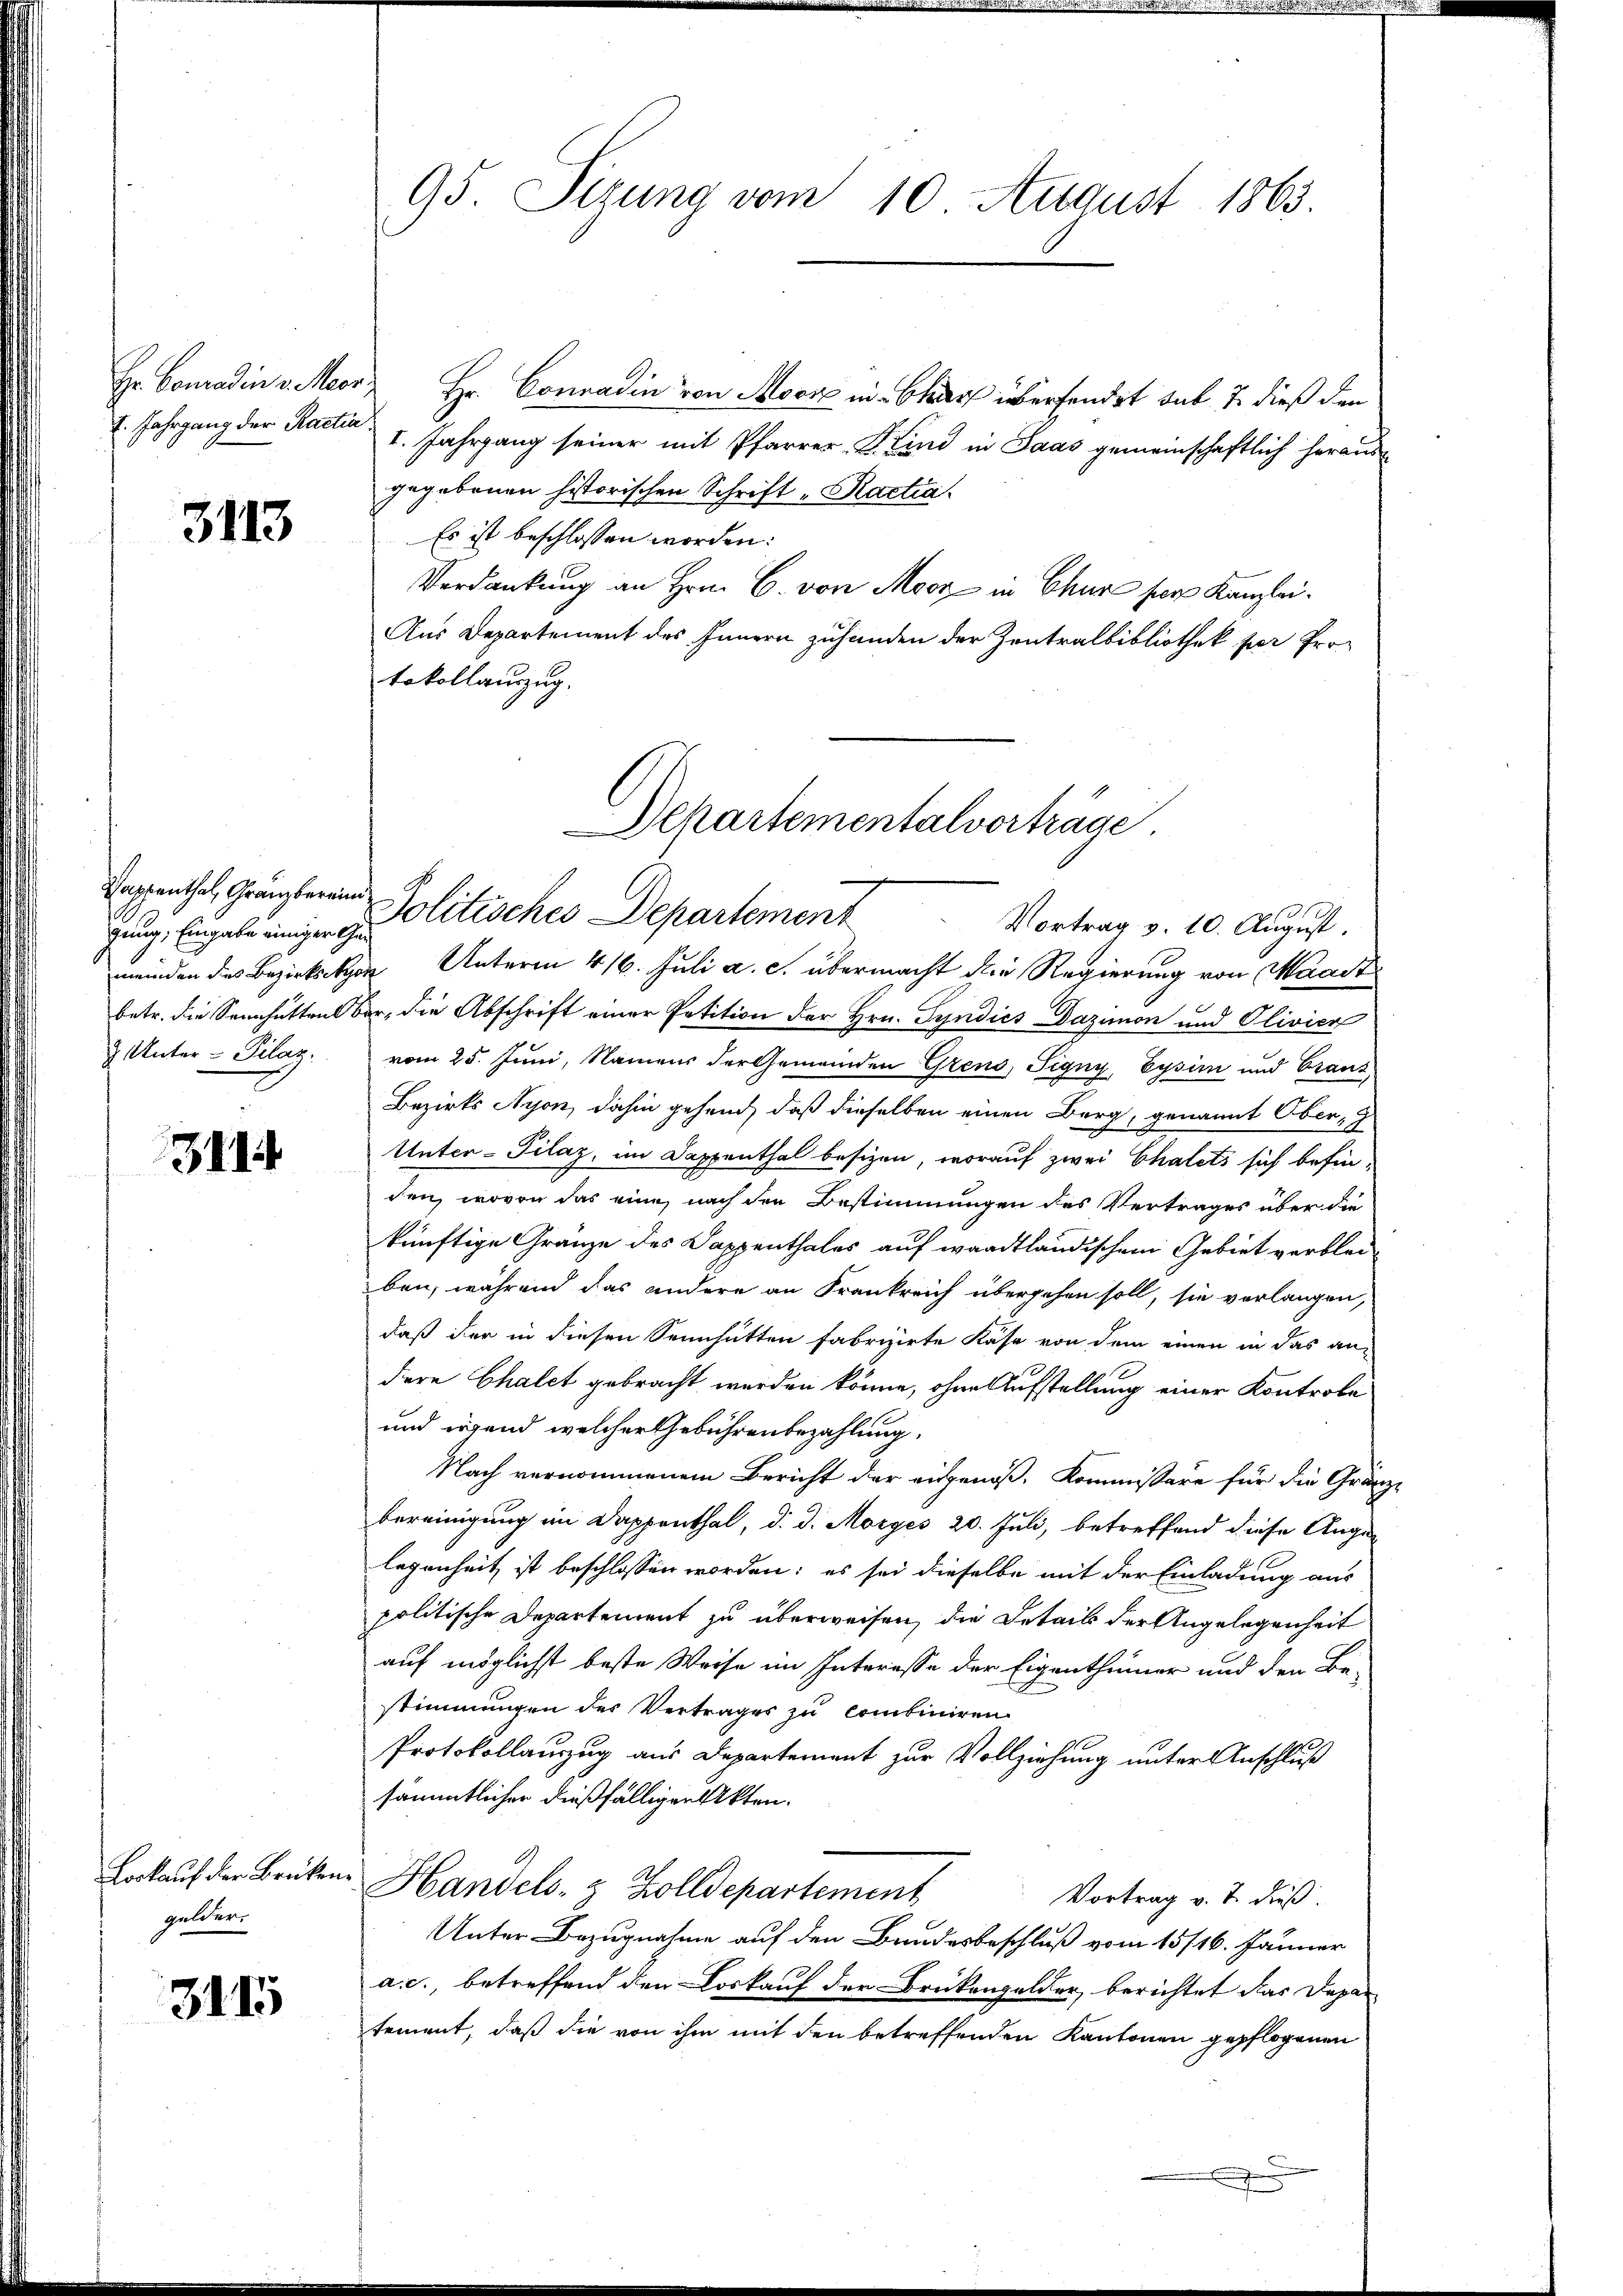
7. Jahrgang der Ractia

3113

gung, Eingabe einiger Gen

3114

Lorkauf der Brüken.
gelder.

3115

95. Sizung vom 10. August 1863.

Hr. Conradin v. Merz Hr. Conradin von Moor in Charf überfendet sub 7. dieß den
I. Jahrgang seiner mit Pfarrer-Kind in Saas gemeinschaftlich heraus
gegebenen historischen Schrift „Ractia.
Es ist beschlossen worden.
Verdankung an Hrn. C. von Moor in Chur ser Kanzlei¬
Aus Departement des Innern zuhanden der Zentralbibliothek per Protokollauszug.

Papenthal, Gränzberein Politisches Departement
Vortrag v. 10. August.
meinden des Bezirksker Unterm 416. Juli a. c. übermacht die Regierung von Maast
betr. die Sennhütten ber, die Abschrift einer Petition der Hrn. Syndics Dazimon und Olivier
 Unter- Pilaz, vom 25. Juni, Namens der Gemeinden Grens, Pigny, Eysim und Graus
Bezirks Nyon, dahin gehend, daß dieselben einen Berg, genannt Ober, G
Unter- Pilaz, im Dappenthal besizen, worauf zwei Chalets sich befincen, wovon das eine nach den Bestimmungen des Vertrages über die
künftige Gränze des Dappenthales auf waadtländischem Gebiet verbleiben, während das andere an Frankreich übergehen soll, sie verlangen,
daß der in diesen Sennhütten fabrizirte Kase von dem einen in das an-
dere Chalet gebracht werden könne, ohne Aufstellung einer Kontrole
und irgend welcher Gebührenbezahlung.
Nach vernommenem Bericht der eigenoß, Kommissäre für die Gränz-
bereinigung im Dappenthal, d. d. Morges 20. Juli, betreffend diese Ange-
legenheit ist beschlossen worden; es sei dieselbe mit der Einladung aus
politische Departement zu überweisen, die Details der Angelegenheit
auf möglichst beste Weise im Interesse der Eigenthümer und den Be-
stimmungen des Vertrages zu combiniren.
No
Protokollauszug aus Departement zur Vollziehung unter Anschluß
sämmtlicher dießfälligen Akten.
Handels- & Zolldepartement
Vortrag v. J. dieß.
Unter Bezugnahme auf den Bundesbeschluß vom 15/16. Jänner
a. c., betreffend den Loskauf der Brükengelder, berichtet das Depar
tement, daß die von ihm mit den betreffenden Kantonen gepflogenen
.

Departementalverträge